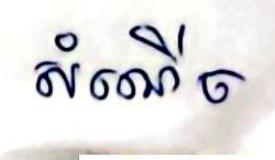
សំណើច